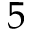
5